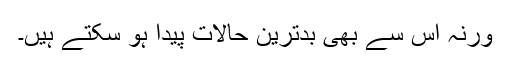
ورنہ اس سے بھی بدترین حالات پیدا ہو سکتے ہیں۔